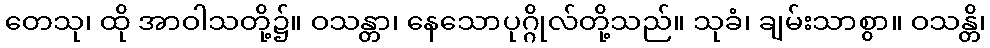
တေသု၊ ထို အာဝါသတို့၌။ ဝသန္တာ၊ နေသောပုဂ္ဂိုလ်တို့သည်။ သုခံ၊ ချမ်းသာစွာ။ ဝသန္တိ၊